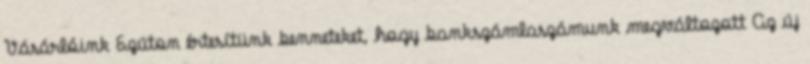
Vásárlóink Ezúton értesítünk benneteket, hogy bankszámlaszámunk megváltozott Az új